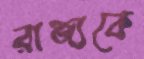
রাজ্যকে